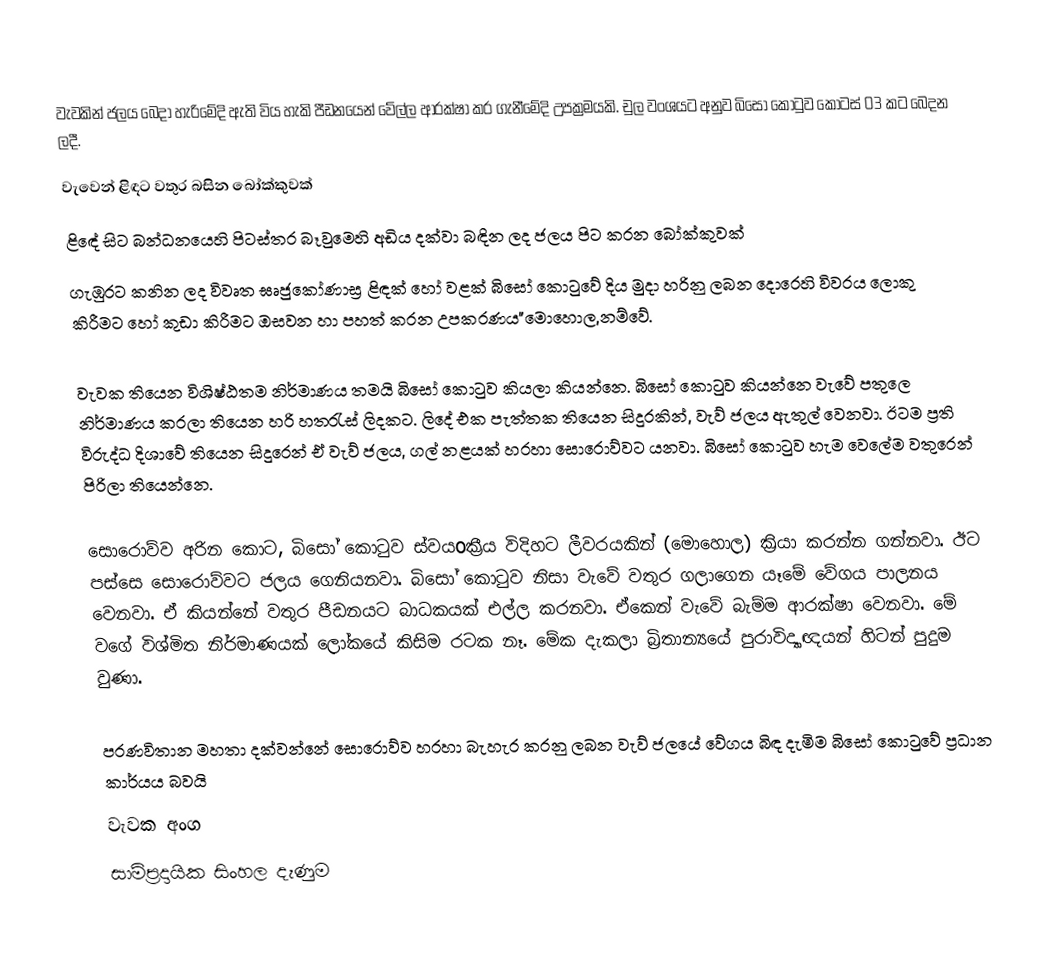
වැවකින් ජලය බෙදා හැරිමේදි ඇති විය හැකි පීඩනයෙන් වේල්ල ආරක්ෂා කර ගැනීමේදි උපක්‍රමයකි. චුල වංශයට අනුව බිසෝ කොටුව කොටස් 03 කට බෙදන ලදී.
 වැවෙන් ළිඳට වතුර බසින බෝක්කුවක්
 ළිඳේ සිට බන්ධනයෙහි පිටස්තර බෑවුමෙහි අඩිය දක්වා බඳින ලද ජලය පිට කරන ‍‍බෝක්කුවක්
 ගැඹුරට කනින ලද විවෘත ඝෘජුකෝණාස්‍ර ළිඳක් හෝ වළක් බිසෝ කොටුවේ දිය මුදා හරිනු ලබන දොරෙහි විවරය ලොකු කිරීමට හෝ කුඩා කිරීමට ඔසවන හා පහත් කරන උපකරණය"මොහොල,නම්වේ.

වැවක තියෙන විශිෂ්ඨතම නිර්මාණය තමයි බිසෝ කොටුව කියලා කියන්නෙ. බිසෝ කොටුව කියන්නෙ වැවේ පතුලෙ නිර්මාණය කරලා තියෙන හරි හතරැස් ලිදකට. ලිදේ එක පැත්තක තියෙන සිදුරකින්, වැව් ජලය ඇතුල් වෙනවා. ඊටම ප්‍රති විරුද්ධ දිශාවේ තියෙන සිදුරෙන් ඒ වැව් ජලය, ගල් නළයක් හරහා සොරොව්වට යනවා. බිසෝ කොටුව හැම වෙලේම වතුරෙන් පිරිලා තියෙන්නෙ.

සොරොව්ව අරින කොට, බිසෝ කොටුව ස්වයoක්‍රීය විදිහට ලීවරයකින් (මොහොල) ක්‍රියා කරන්න ගන්නවා. ඊට පස්සෙ සොරොව්වට ජලය ගෙනියනවා. බිසෝ කොටුව නිසා වැවේ වතුර ගලාගෙන යෑමේ වේගය පාලනය වෙනවා. ඒ කියන්නේ වතුර පීඩනයට බාධකයක් එල්ල කරනවා. ඒකෙන් වැවේ බැම්ම ආරක්ෂා වෙනවා. මේ වගේ විශ්මිත නිර්මාණයක් ලෝකයේ කිසිම රටක නෑ. මේක දැකලා බ්‍රිතාන්‍යයේ පුරාවිද්‍යාඥයන් හිටන් පුදුම වුණා.

පරණවිතාන මහතා දක්වන්නේ සොරොව්ව හරහා බැහැර කරනු ලබන වැව් ජලයේ වේගය බිඳ දැමිම බිසෝ කොටුවේ ප්‍රධාන කාර්යය බවයි
වැවක අංග
සාම්ප්‍රදායික සිංහල දැණුම